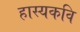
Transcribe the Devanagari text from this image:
हास्यकवि